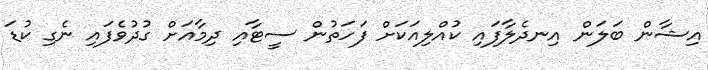
އިޝާން ބަލަން އިނދެލާފައި ކުއްލިއަކަށް ފަހަތުން ސީޓާއި ދިމާއަށް ގުދުވެފައި ނެގި ކުޑަ